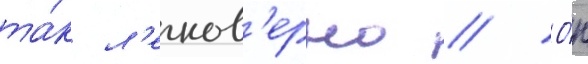
та́к л'егков'ерно // О́н